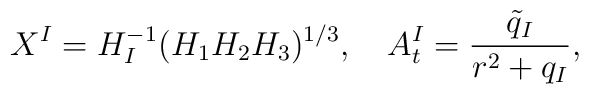
X^I = H_I^{-1}(H_1H_2 H_3)^{1/3}, \quad A^I_t = \frac{\tilde{q}_I}{r^2 +q_I},